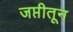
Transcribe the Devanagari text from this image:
जप्तीतून